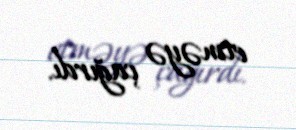
etməyə çağırdı.